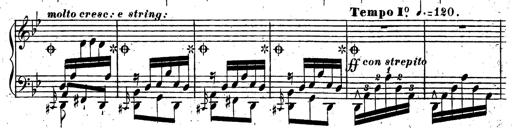
Title: Rondeau fantastique sur un thÃ¨me espagnol
Composer: Franz Liszt